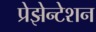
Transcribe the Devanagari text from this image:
प्रेझेन्टेशन